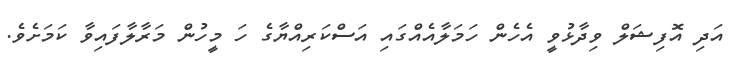
އަދި އޮފިޝަލް ވިދާޅުވީ އެހެން ހަމަލާއެއްގައި އަސްކަރިއްޔާގެ ހަ މީހުން މަރާލާފައިވާ ކަމަށެވެ.